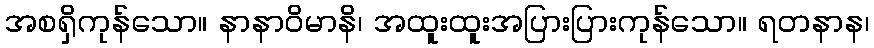
အစရှိကုန်သော။ နာနာဝိမာနိ၊ အထူးထူးအပြားပြားကုန်သော။ ရတနာန၊